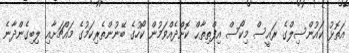
އަތޮޅު ކައުންސިލްގެ ރައީސް މިކޯސް އިފްތިތާޙް ކޮށްދެއްވަމުން ކޯހުގެ ބޭނުންތެރިކަމުގެ މައްޗަށާއި ލިބިގެންދާނެ